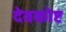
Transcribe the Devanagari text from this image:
देवकोष्ट